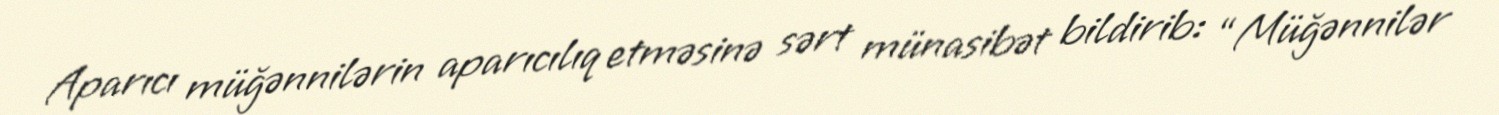
Aparıcı müğənnilərin aparıcılıq etməsinə sərt münasibət bildirib: “Müğənnilər